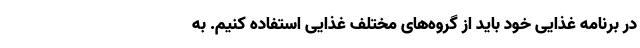
در برنامه غذایی خود باید از گروه‌های مختلف غذایی استفاده کنیم. به